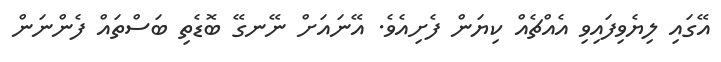
އޭގައި ލިޔެވިފައިވި އެއްޗެއް ކިޔަން ފެށިއެވެ. އޭނައަށް ނޭނގޭ ބޮޑެތި ބަސްތައް ފެންނަން